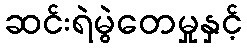
ဆင်းရဲမွဲတေမှုနှင့်